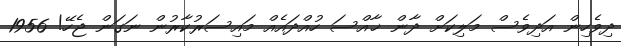
ދިވެހިން އަދިވެސް މަލިކަށް ދާން ޚާއްސަ ހުއްދައެއް މައިސަރުކާރުން ނަގަން ޖެހޭ! 1956